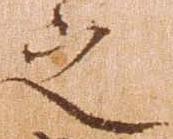
之